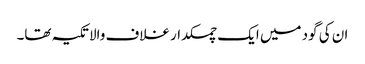
ان کی گود میں ایک چمکدار غلاف والا تکیہ تھا۔